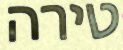
טירה